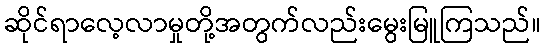
ဆိုင်ရာလေ့လာမှုတို့အတွက်လည်းမွေးမြူကြသည်။